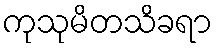
ကုသုမိတသိခရာ